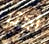
أكثر